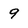
Character: 9